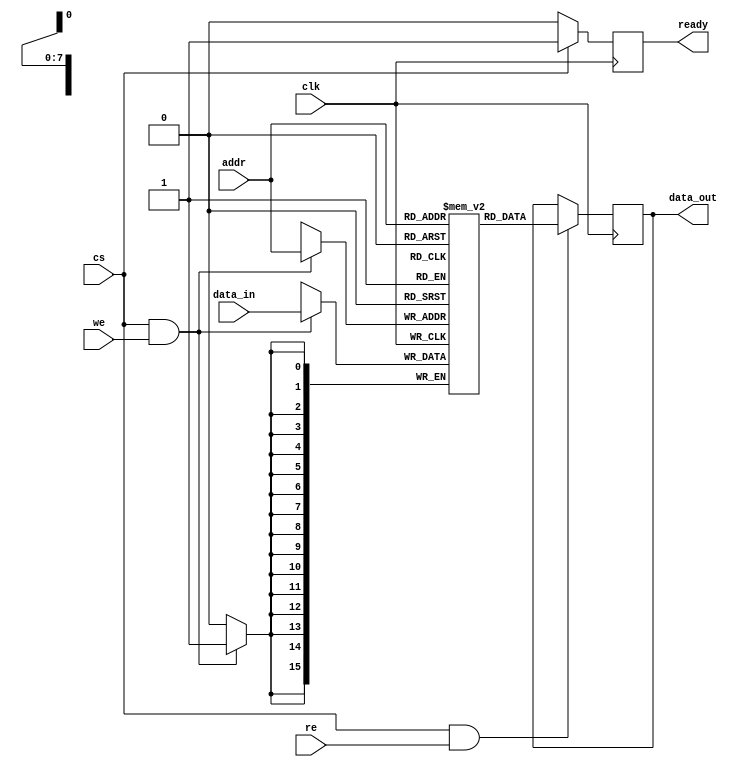
module mram_io_block (
    input wire clk,               // Clock signal
    input wire cs,                // Chip Select
    input wire we,                // Write Enable
    input wire re,                // Read Enable
    input wire [ADDR_WIDTH-1:0] addr, // Address input
    input wire [DATA_WIDTH-1:0] data_in, // Data input
    output reg [DATA_WIDTH-1:0] data_out, // Data output
    output reg ready              // Ready signal
);

parameter ADDR_WIDTH = 8;       // Address width
parameter DATA_WIDTH = 16;      // Data width

// Internal signals
reg [DATA_WIDTH-1:0] mem_array [(2**ADDR_WIDTH)-1:0]; // Memory array
reg [DATA_WIDTH-1:0] data_buffer; // Buffer for data

// Data Input Buffer
always @(posedge clk) begin
    if (cs && we) begin
        mem_array[addr] <= data_in; // Write data to memory
    end
end

// Data Output Buffer
always @(posedge clk) begin
    if (cs && re) begin
        data_out <= mem_array[addr]; // Read data from memory
    end
end

// Control Signal Interface
always @(posedge clk) begin
    if (cs) begin
        ready <= 1'b1; // Indicate that the I/O block is ready
    end else begin
        ready <= 1'b0; // Not ready when chip is not selected
    end
end

// Address Decoding Logic (simple direct mapping)
wire [ADDR_WIDTH-1:0] decoded_addr;
assign decoded_addr = addr; // In this case, direct mapping

// Data Path Logic
always @(posedge clk) begin
    if (cs && we) begin
        data_buffer <= data_in; // Store incoming data in buffer
    end
end

// Power Management (simple example)
reg power_state; // 1: Active, 0: Standby
always @(posedge clk) begin
    if (cs) begin
        power_state <= 1'b1; // Active state
    end else begin
        power_state <= 1'b0; // Standby state
    end
end

// Signal Integrity Features (not implemented in Verilog, but noted)
`ifdef SIMULATION
    // Termination resistors and differential signaling would be handled at the physical design level.
`endif

endmodule